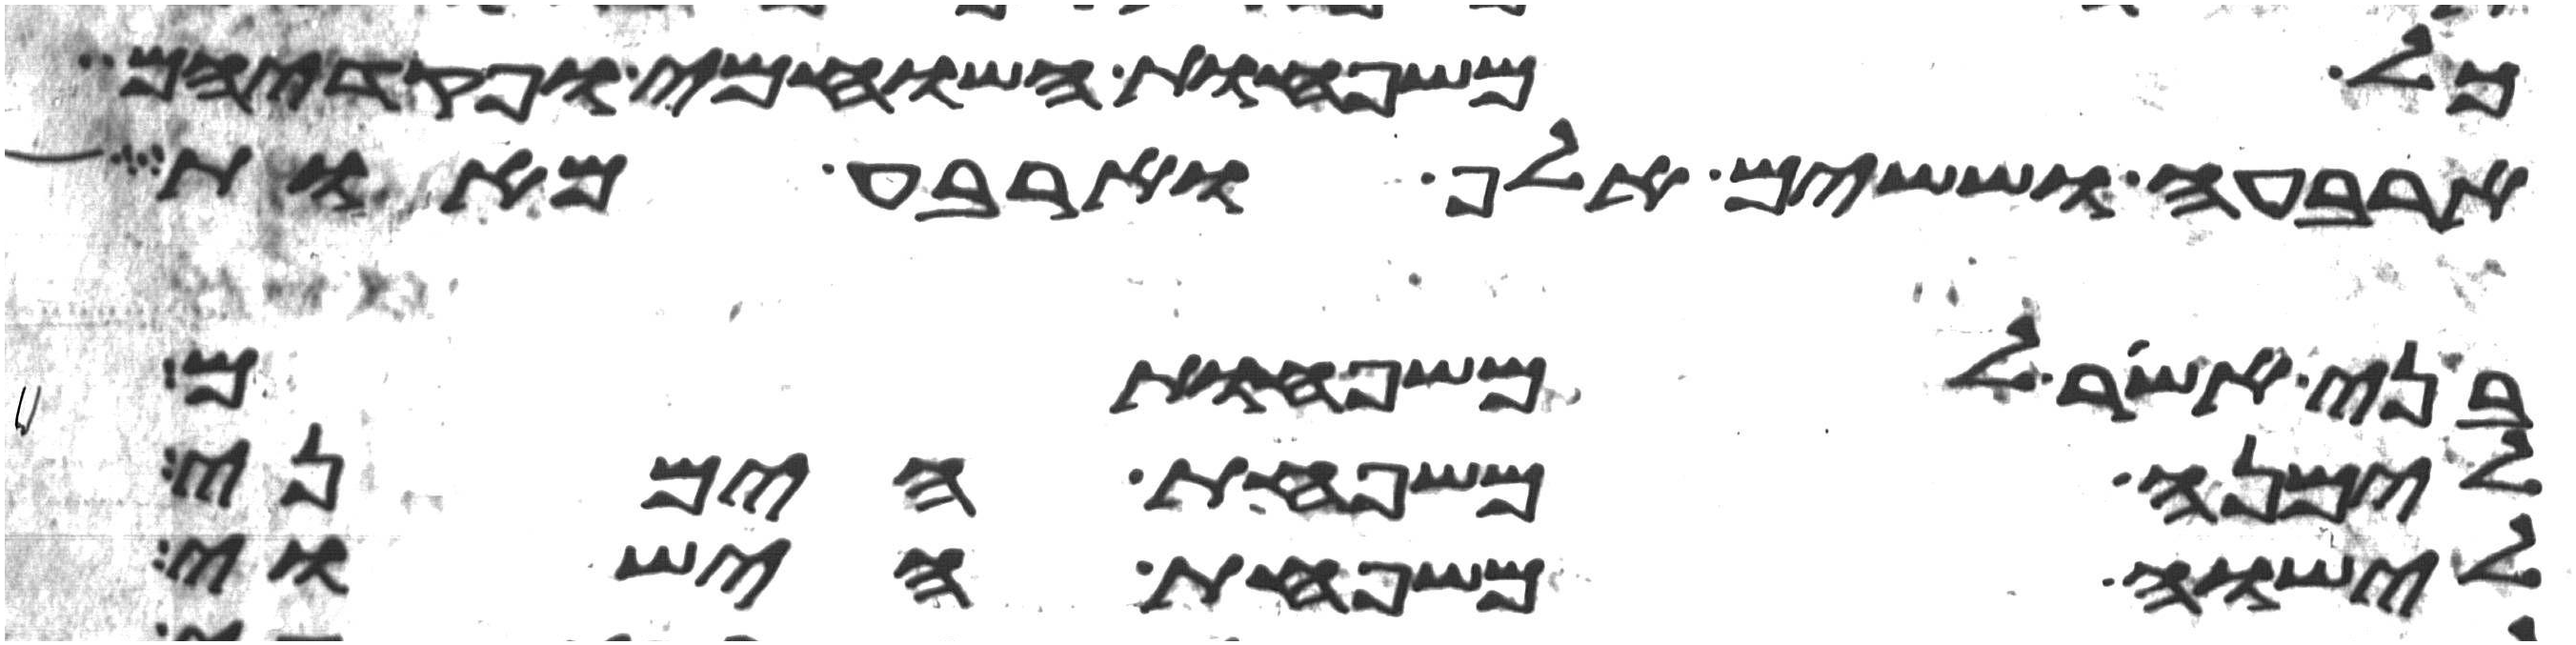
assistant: כל משפחות השוחמי ופקדיהם
ארבעה וששים אלף וארבע מאות
בני אשר למשפחותם
לימנה משפחת הימני
לישוה משפחת הישוי